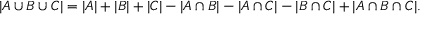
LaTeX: | A \cup B \cup C | = | A | + | B | + | C | - | A \cap B | - | A \cap C | - | B \cap C | + | A \cap B \cap C | .